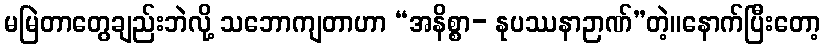
မမြဲတာတွေချည်းဘဲလို့ သဘောကျတာဟာ “အနိစ္စာ- နုပဿနာဉာဏ်”တဲ့။နောက်ပြီးတော့